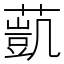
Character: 𦻻